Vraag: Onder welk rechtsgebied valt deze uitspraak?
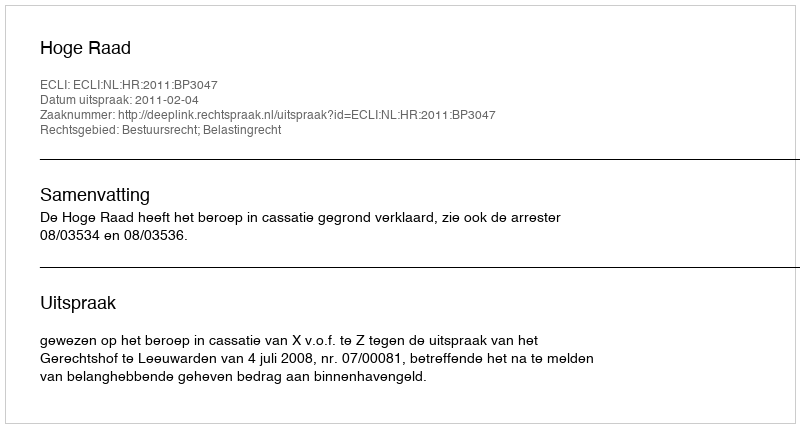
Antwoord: Bestuursrecht; Belastingrecht